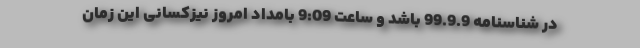
در شناسنامه 99.9.9 باشد و ساعت 9:09 بامداد امروز نیزکسانی این زمان